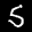
Label: 5